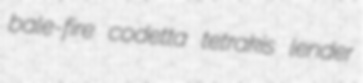
bale-fire codetta tetrakis lender